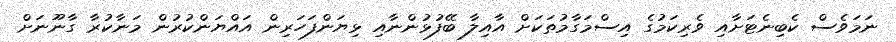
ނަމަވެސް ކެބިނެޓަށާއި ވެރިކަމުގެ އިސްމަގާމުތަކަށް އާއިލާ ބޭފުޅުންނާއި ޅިޔަންފަހަރިން އައްޔަންކުރުން މަނާކުރާ ގާނޫނަށް